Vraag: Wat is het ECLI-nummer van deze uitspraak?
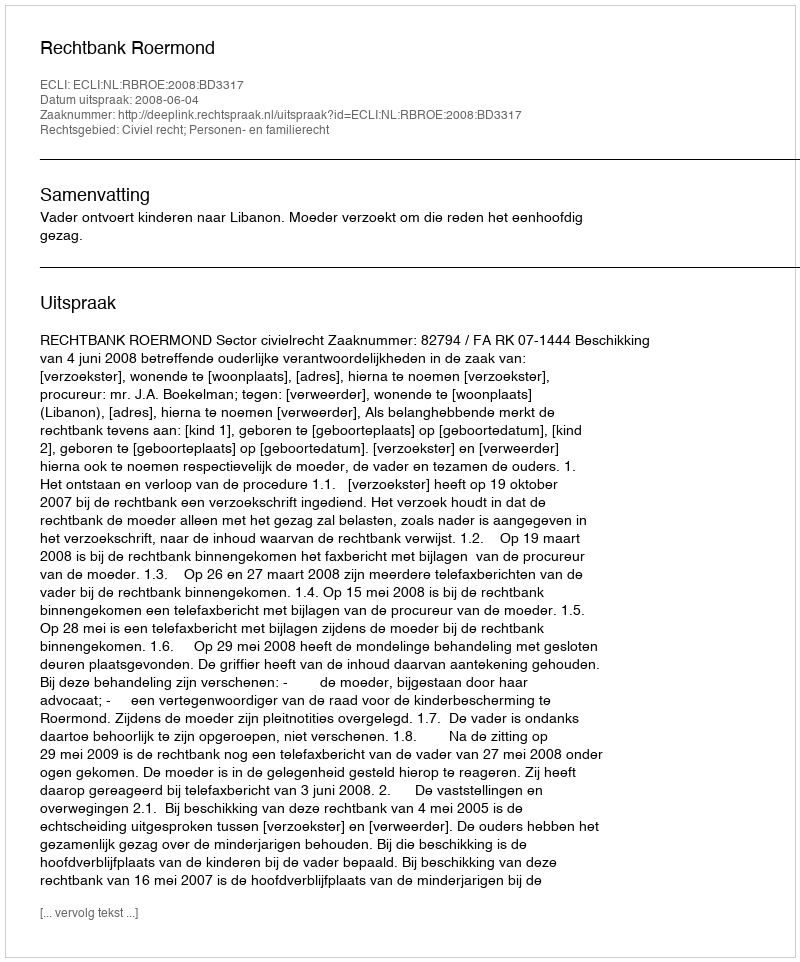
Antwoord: ECLI:NL:RBROE:2008:BD3317